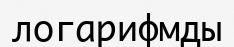
логарифмды